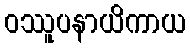
ဝဿူပနာယိကာယ